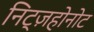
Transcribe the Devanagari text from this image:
निट्ज़होनोट